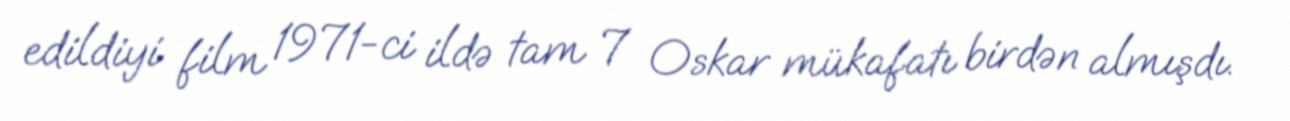
edildiyi film 1971-ci ildə tam 7 Oskar mükafatı birdən almışdı.